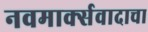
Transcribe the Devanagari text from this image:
नवमार्क्सवादाचा